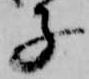
子